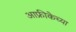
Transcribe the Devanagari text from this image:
आफ्रीकेच्या